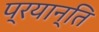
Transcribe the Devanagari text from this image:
प्रयान्ति